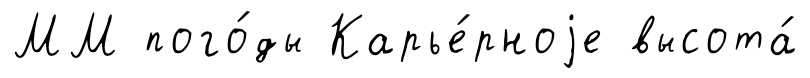
ММ пого́ды Карье́рноjе высота́